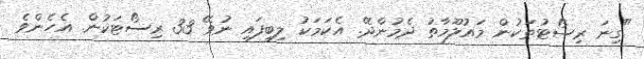
"ގިނަ ރިސޯޓުތަކުން މައުލޫމާތު ދެމުންދޭ. އެކަމަކު ލިބިފައި ނުވޭ 33 ރިސޯޓަކުން. އެހެންވެ